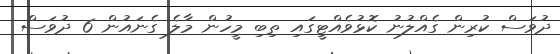
ދުވަސް ކުރިން ގެއްލުނު ކޮޅުވެއްޓީގައި ތިބި މީހުން މާލެ ގެނައުން 6 ދުވަސް